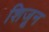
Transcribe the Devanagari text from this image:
शिजून